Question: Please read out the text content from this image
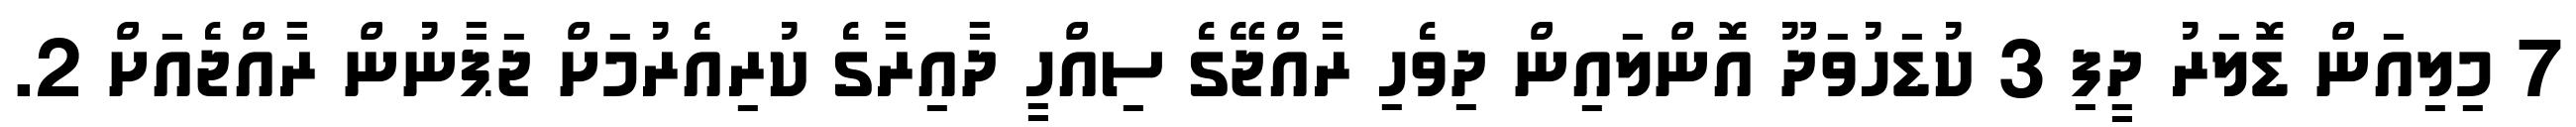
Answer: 7 މިލިއަން ޑޮލަރު ދީފި 3 ކުޑަހުވަދޫ އޮންލައިން ދިވެހި ރާއްޖޭގެ ސިއްހީ ދާއިރާގެ ކުރިއެރުމަށް ޖަޕާނުން ރާއްޖެއަށް 2.